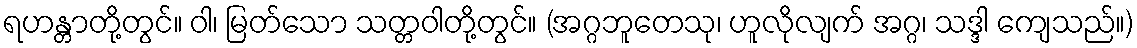
ရဟန္တာတို့တွင်။ ဝါ၊ မြတ်သော သတ္တဝါတို့တွင်။ (အဂ္ဂဘူတေသု၊ ဟူလိုလျက် အဂ္ဂ၊ သဒ္ဒါ ကျေသည်။)